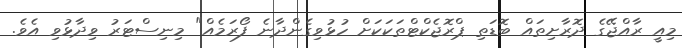
މިއީ ރާއްޖޭގެ ދޮރާށިތައް ބޮޑަތި ޕްރޮޖެކްޓްތަކަކަށް ހުޅުވިގެންދާނެ ފޯރަމެއް" މިނިސްޓަރު ވިދާޅުވި އެވެ.